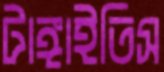
টাঙ্গাইতিস